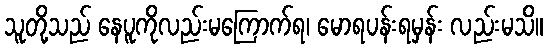
သူတို့သည် နေပူကိုလည်းမကြောက်ရ၊ မောရပန်းရမှန်း လည်းမသိ။